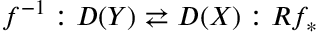
f ^ { - 1 } : D ( Y ) \rightleftarrows D ( X ) : R f _ { * }